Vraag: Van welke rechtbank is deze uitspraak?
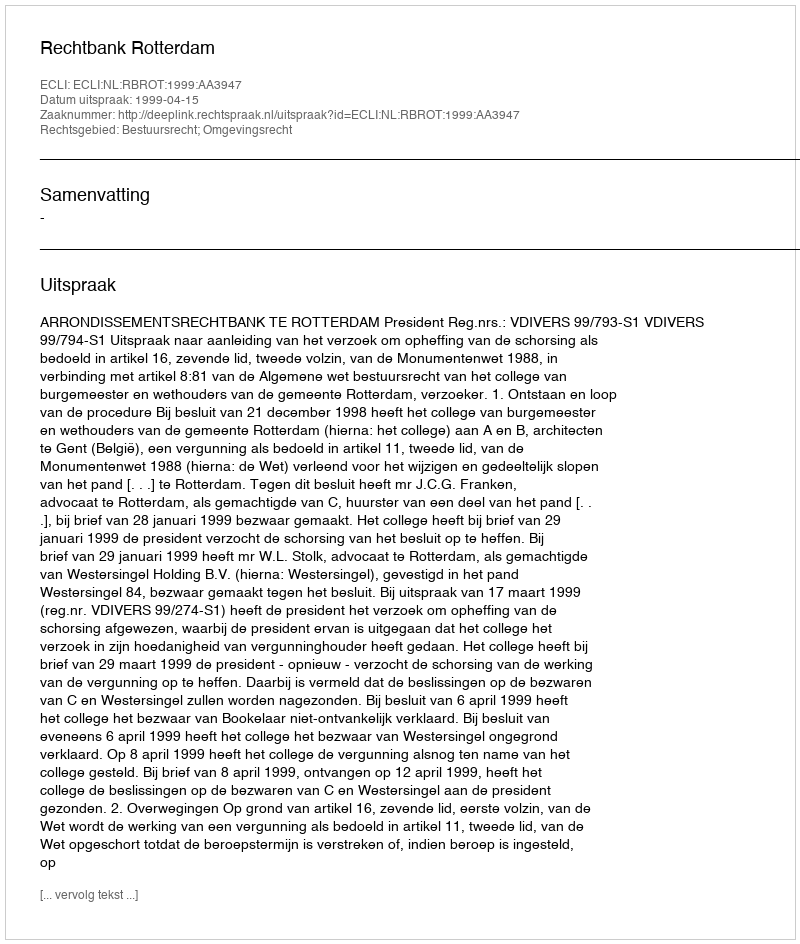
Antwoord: Rechtbank Rotterdam